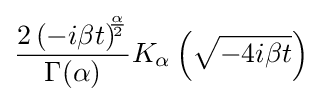
{\frac {2\left(-i\beta t\right)^{\!\!{\frac {\alpha }{2}}}}{\Gamma (\alpha )}}K_{\alpha }\left({\sqrt {-4i\beta t}}\right)